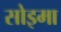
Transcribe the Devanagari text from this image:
सोइमा